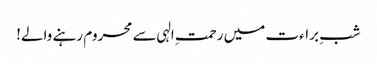
شبِ براءت میں رحمتِ الہی سے محروم رہنے والے!